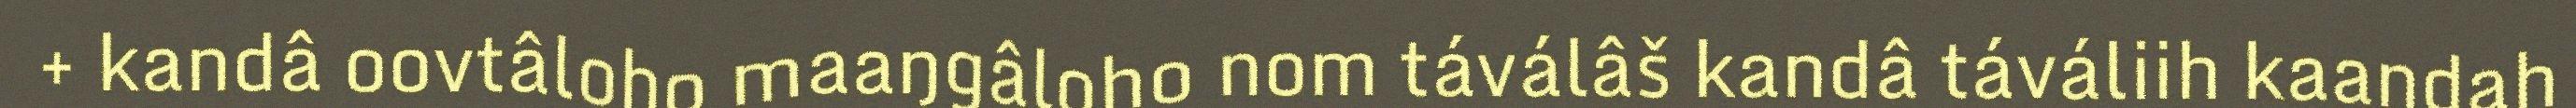
+ kandâ oovtâloho maaŋgâloho nom táválâš kandâ táváliih kaandah